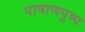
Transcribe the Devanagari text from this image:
पाषाणपुष्प